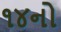
૧૪નો